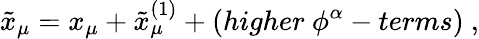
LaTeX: \tilde{x}_{\mu}=x_{\mu}+\tilde{x}_{\mu}^{(1)}+(higher~\phi^{\alpha}-terms)~,